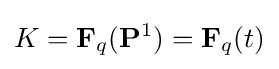
K=\mathbf {F} _{q}(\mathbf {P} ^{1})=\mathbf {F} _{q}(t)